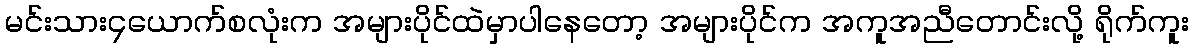
မင်းသား၄ယောက်စလုံးက အများပိုင်ထဲမှာပါနေတော့ အများပိုင်က အကူအညီတောင်းလို့ ရိုက်ကူး